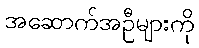
အဆောက်အဦများကို